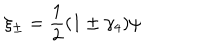
\xi _ { \pm } = \frac { 1 } { 2 } ( 1 \pm \gamma _ { 4 } ) \psi